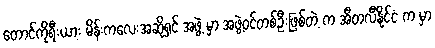
တောင်ကိုရီးယား မိန်းကလေးအဆိုရှင် အဖွဲ့ မှာ အဖွဲ့ဝင်တစ်ဦးဖြစ်တဲ့ က အီတလီနိုင်ငံ က မှာ